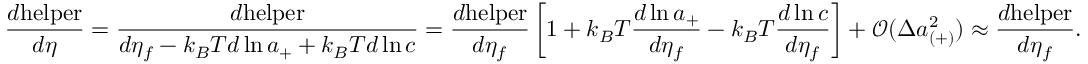
\frac { d \mathrm { h e l p e r } } { d \eta } = \frac { d \mathrm { h e l p e r } } { d \eta _ { f } - k _ { B } T d \ln { a _ { + } } + k _ { B } T d \ln { c } } = \frac { d \mathrm { h e l p e r } } { d \eta _ { f } } \left[ 1 + k _ { B } T \frac { d \ln { a _ { + } } } { d \eta _ { f } } - k _ { B } T \frac { d \ln { c } } { d \eta _ { f } } \right] + \mathcal { O } ( \Delta a _ { ( + ) } ^ { 2 } ) \approx \frac { d \mathrm { h e l p e r } } { d \eta _ { f } } .